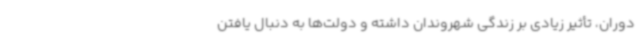
دوران، تأثیر زیادی بر زندگی شهروندان داشته و دولت‌ها به دنبال یافتن